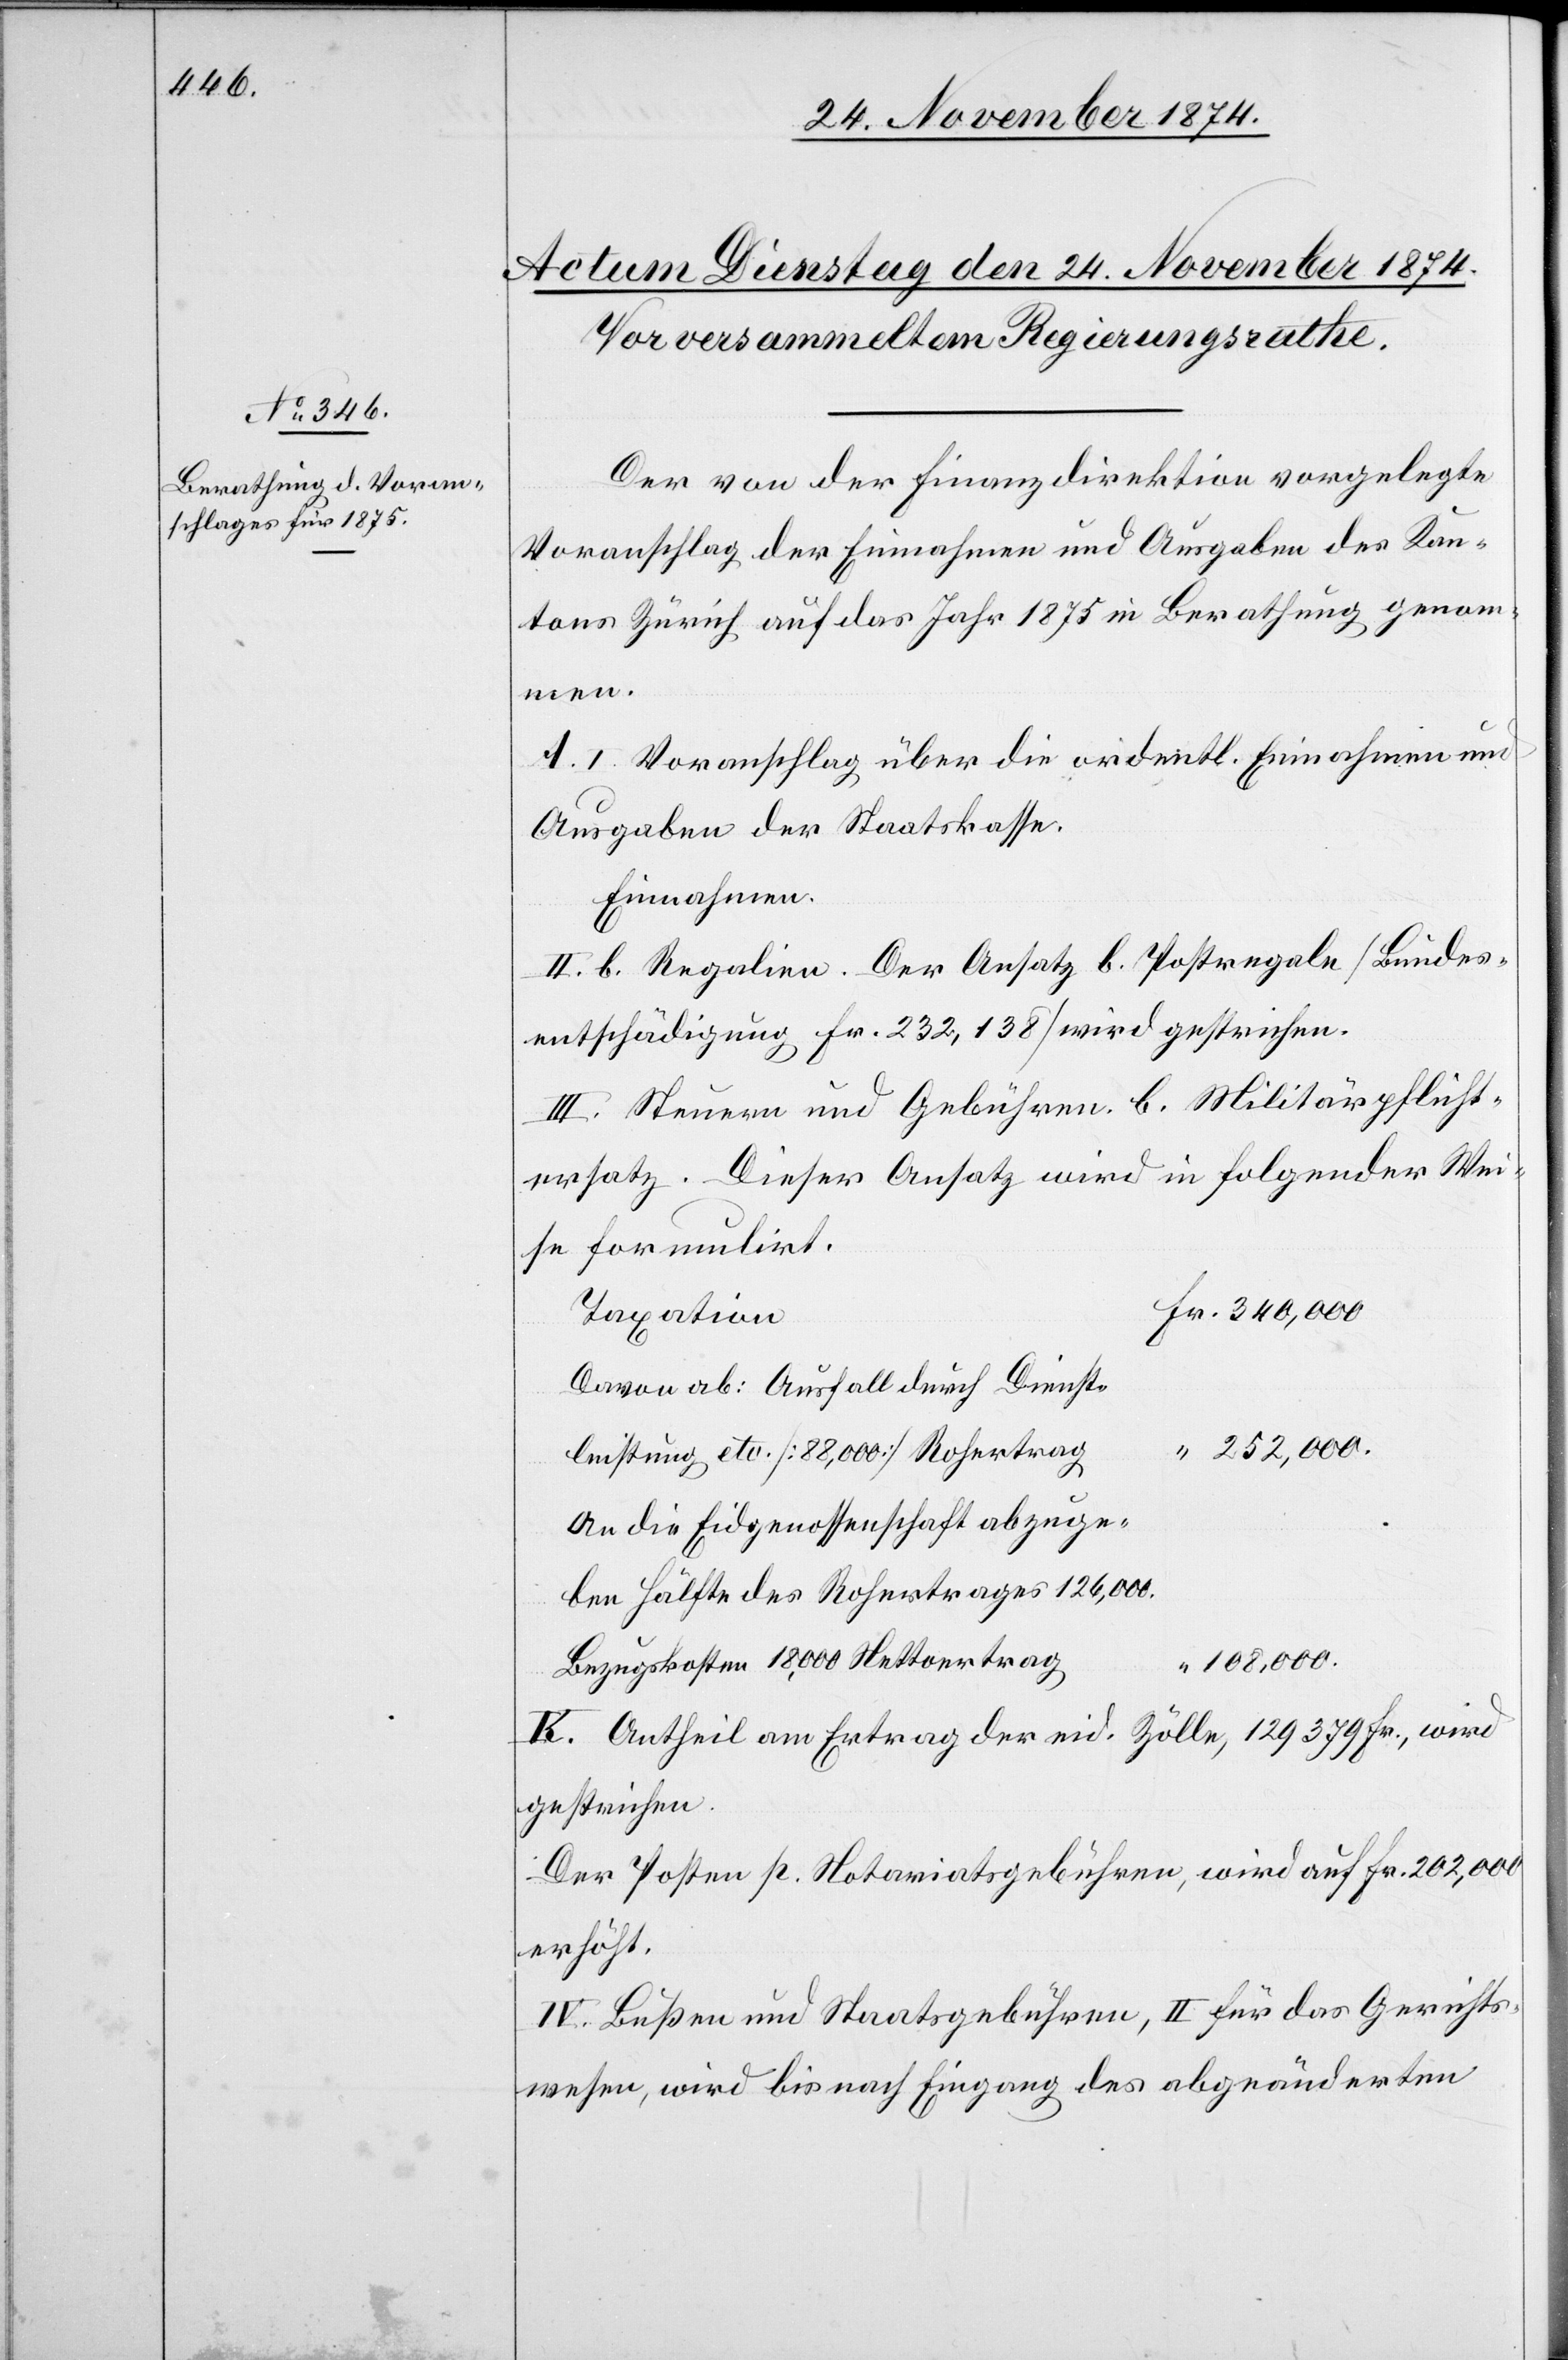
Der von der Finanzdirektion vorgelegte
Voranschlag der Einnahmen und Ausgaben des Kan¬
tons Zürich auf das Jahr 1875 in Berathung genom¬
men.
A. I. Voranschlag über die ordentl. Einnahmen und
Ausgaben der Staatskasse.
Einnahmen.
II. b. Regalien. Der Ansatz b. Postregale [Bundes¬
entschädigung Fr. 232,138] wird gestrichen.
III. Steuern und Gebühren. b. Militärpflicht¬
ersatz. Dieser Ansatz wird in folgender Wei¬
se formulirt.
Taxation
Davon ab: Ausfall durch Dienst¬
leistung etc. [88,000] Rohertrag
An die Eidgenossenschaft abzuge¬
bende Hälfte des Rohertrages 126,000.
108,000.
Bezugskosten 18,000 Nettoertrag
K. Antheil am Ertrag der eid. Zölle, 129,379 Fr., wird
gestrichen.
Der Posten p. Notariatsgebühren, wird auf Fr. 202,000
erhöht.
IV. Bußen und Staatsgebühren, II für das Gerichts¬
wesen, wird bis nach Eingang des abgeänderten